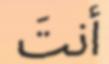
أنت